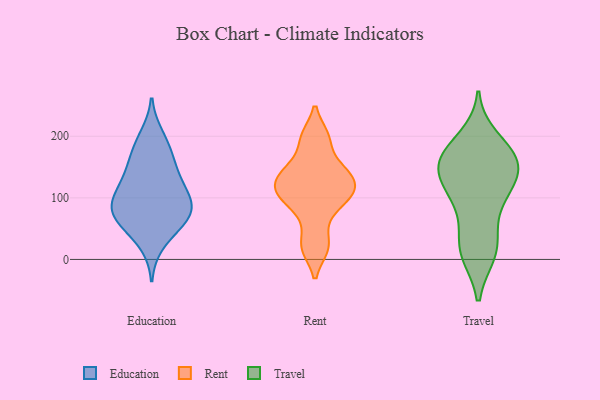
{"axis": {"x": "Latency (ms)", "y": "Value"}, "legend": ["Education", "Rent", "Travel"], "data": [{"x": "", "y": 115, "type": "Education"}, {"x": "", "y": 69, "type": "Education"}, {"x": "", "y": 144, "type": "Education"}, {"x": "", "y": 74, "type": "Education"}, {"x": "", "y": 94, "type": "Education"}, {"x": "", "y": 138, "type": "Education"}, {"x": "", "y": 26, "type": "Education"}, {"x": "", "y": 79, "type": "Education"}, {"x": "", "y": 94, "type": "Education"}, {"x": "", "y": 165, "type": "Education"}, {"x": "", "y": 62, "type": "Education"}, {"x": "", "y": 200, "type": "Education"}, {"x": "", "y": 108, "type": "Education"}, {"x": "", "y": 183, "type": "Education"}, {"x": "", "y": 59, "type": "Education"}, {"x": "", "y": 144, "type": "Rent"}, {"x": "", "y": 198, "type": "Rent"}, {"x": "", "y": 141, "type": "Rent"}, {"x": "", "y": 21, "type": "Rent"}, {"x": "", "y": 98, "type": "Rent"}, {"x": "", "y": 107, "type": "Rent"}, {"x": "", "y": 146, "type": "Rent"}, {"x": "", "y": 106, "type": "Rent"}, {"x": "", "y": 111, "type": "Rent"}, {"x": "", "y": 69, "type": "Rent"}, {"x": "", "y": 126, "type": "Rent"}, {"x": "", "y": 20, "type": "Rent"}, {"x": "", "y": 197, "type": "Rent"}, {"x": "", "y": 94, "type": "Travel"}, {"x": "", "y": 91, "type": "Travel"}, {"x": "", "y": 161, "type": "Travel"}, {"x": "", "y": 147, "type": "Travel"}, {"x": "", "y": 115, "type": "Travel"}, {"x": "", "y": 141, "type": "Travel"}, {"x": "", "y": 122, "type": "Travel"}, {"x": "", "y": 177, "type": "Travel"}, {"x": "", "y": 10, "type": "Travel"}, {"x": "", "y": 35, "type": "Travel"}, {"x": "", "y": 10, "type": "Travel"}, {"x": "", "y": 164, "type": "Travel"}, {"x": "", "y": 151, "type": "Travel"}, {"x": "", "y": 168, "type": "Travel"}, {"x": "", "y": 19, "type": "Travel"}, {"x": "", "y": 196, "type": "Travel"}]}